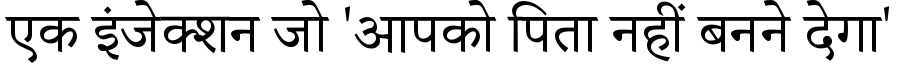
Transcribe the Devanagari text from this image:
एक इंजेक्शन जो 'आपको पिता नहीं बनने देगा'